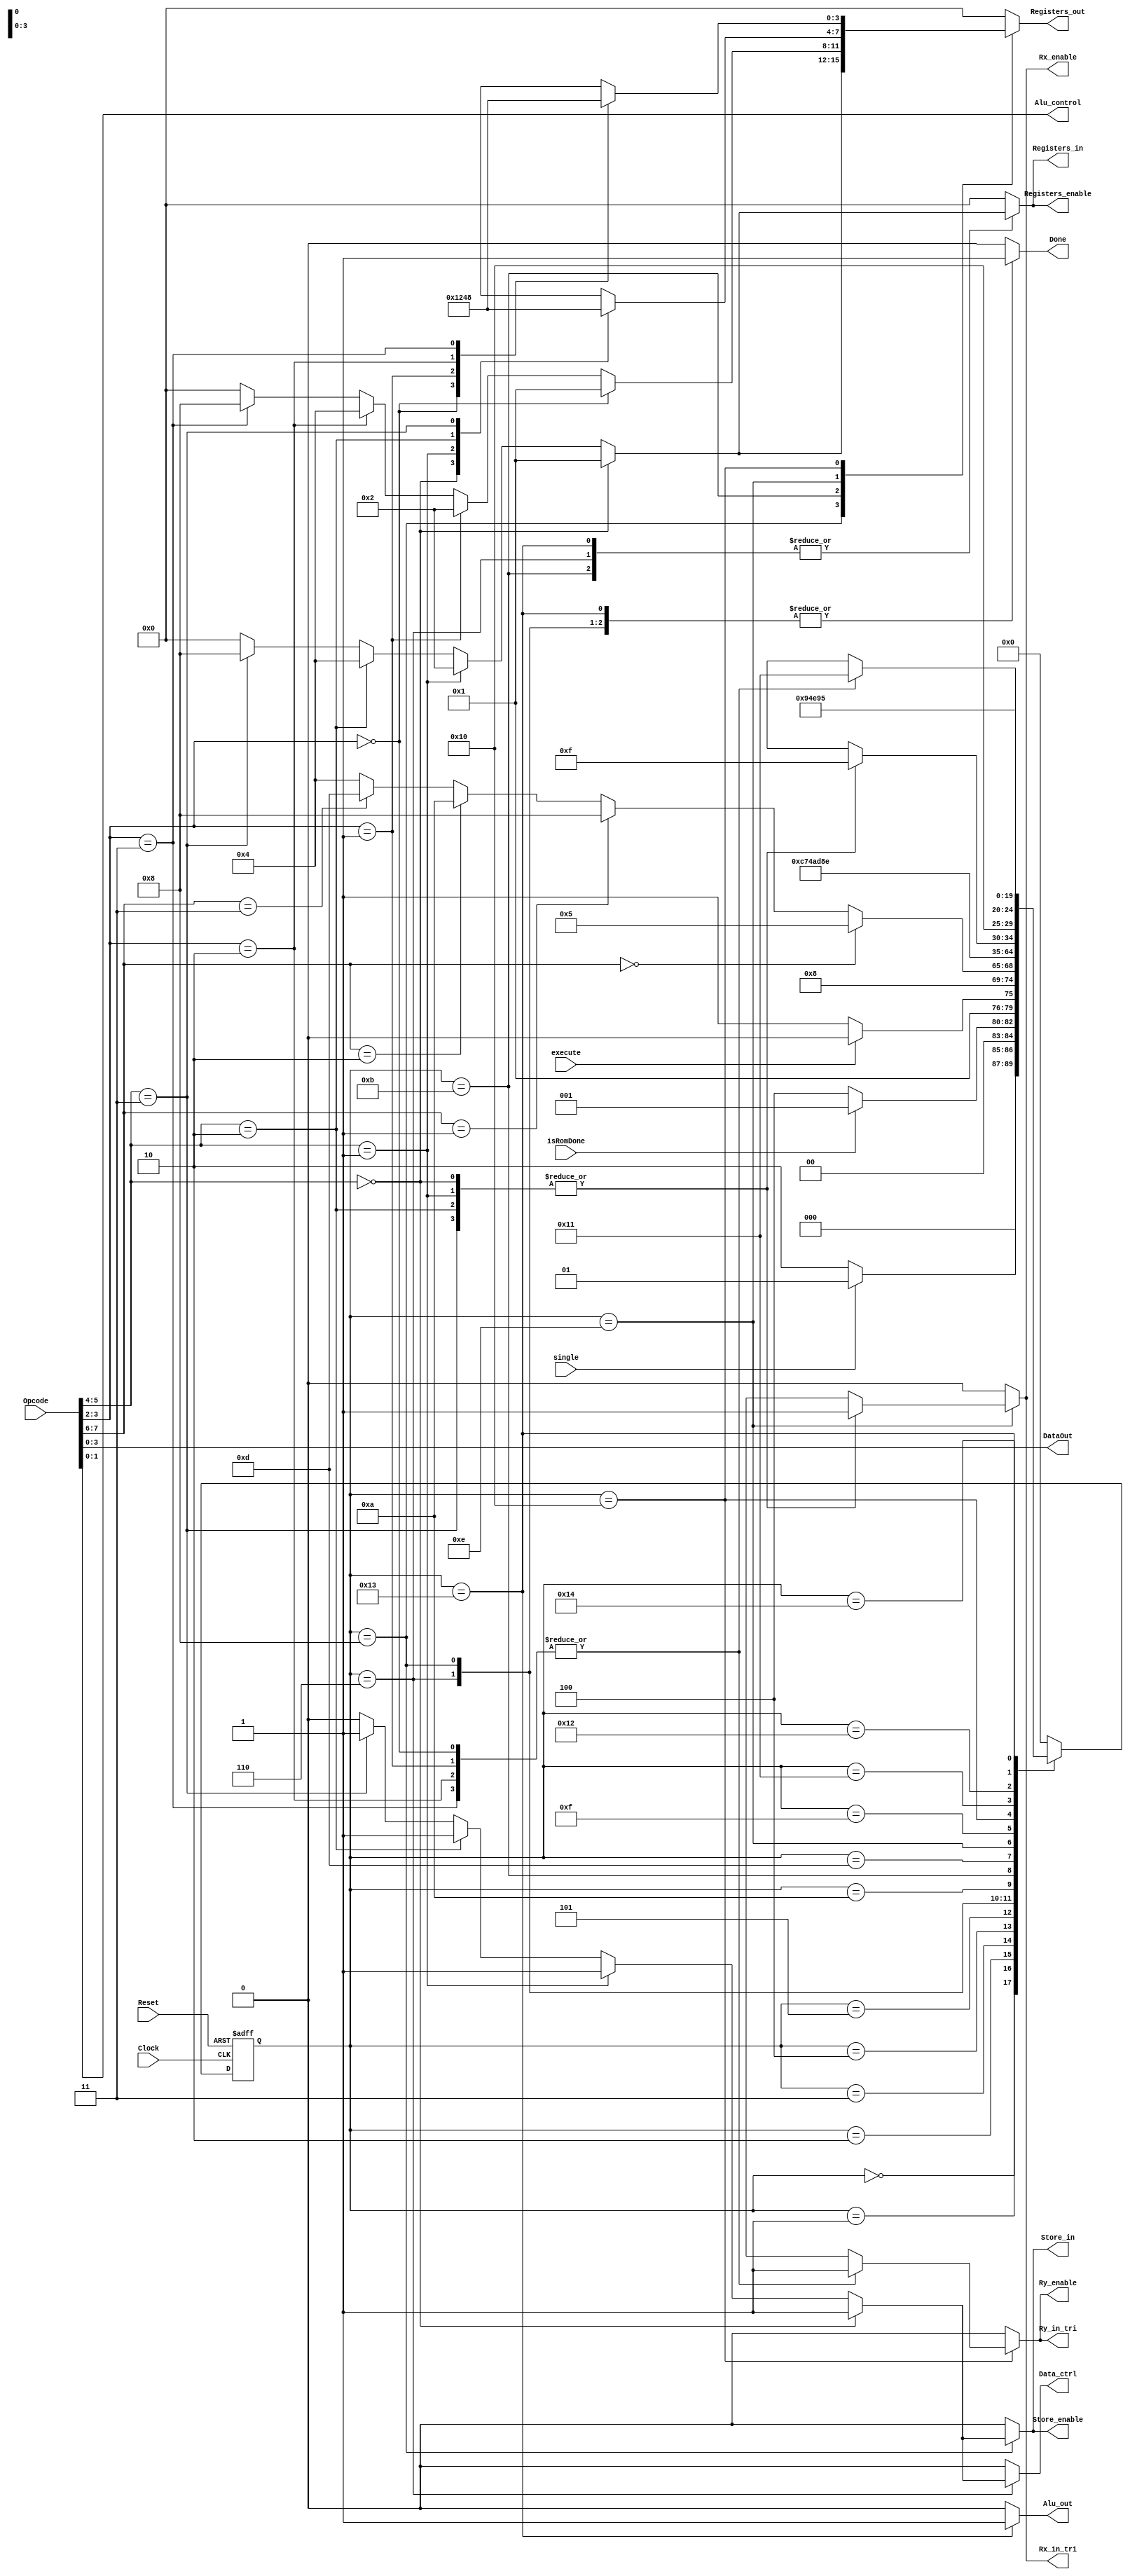
module ControlCircuit(Clock,Reset,isRomDone,execute,single,Opcode,Registers_in,Registers_out,
	Registers_enable,DataOut,Alu_control,Data_ctrl,Done,Rx_in_tri,Ry_in_tri,Rx_enable,Ry_enable,Alu_out,Store_in,Store_enable);

input Clock,Reset,isRomDone,execute,single;
input [7:0] Opcode;
output reg[3:0] Registers_in,Registers_out,Registers_enable,DataOut;
output reg[1:0] Alu_control;
output reg Data_ctrl,Done,Rx_in_tri,Ry_in_tri,Rx_enable,Ry_enable,Alu_out,Store_in,Store_enable;
reg [1:0] Op,Rx,Ry;
reg [4:0]NS,PS;


parameter [4:0] S0= 5'd0, S1 = 5'd1, S2 = 5'd2,S3 =  5'd3, S4 =  5'd4, S5 =  5'd5,  S6 =  5'd6, S7 =  5'd7, S8 =  5'd8, S9 =  5'd9,
	S10= 5'd10, S11 = 5'd11, S12 = 5'd12,S13 =  5'd13, S14 =  5'd14, S15 =  5'd15,  S16 =  5'd16, S17 =  5'd17, S18 =  5'd18, S19 =  5'd19,
	S20= 5'd20,S21 = 5'd21;
	
	
always @(posedge Clock,negedge Reset)begin
		
		if(Reset == 0 )begin
			PS <= S0;
			end
		else begin
			PS <= NS;
		end
end	
		
always@(*)begin	

		Registers_in = 4'b0000;
		Registers_out = 4'b0000;
		Registers_enable = 4'b0000;
		DataOut = Opcode[3:0];
		Alu_control = Opcode[1:0];
		Data_ctrl = 1'b0;
		Done = 1'b0;
		Rx_in_tri = 1'b0;
		Ry_in_tri = 1'b0;
		Rx_enable = 1'b0;
		Ry_enable = 1'b0;
		Alu_out = 1'b0;
		Store_in = 1'b0;
		Store_enable = 1'b0;
		case(PS)
			S0:begin
				if(single == 1'b0 )begin
					NS = S2;
					end
				else begin
					NS = S1;
					end
			end
			
			
			S1:if(!isRomDone)
				NS = S4;
				else NS = S1;
				
			S2: if(!execute)
					NS = S3;
				else NS = S2;
			
			S3:begin
					NS=S4;					
				end
				
			S4:begin
				if(Opcode[7:6] == 2'b00)
					NS = S5;
				else if(Opcode[7:6] == 2'b01)
					NS = S8;
				else if(Opcode[7:6] == 2'b10)
					NS = S10;
				else if(Opcode[7:6] == 2'b11)
					NS = S13;
				else NS = S4;
				end
				
			S5:NS =S6;
			
			S6:begin
				if(Opcode[5:4] == 2'b00)begin
					Registers_in = 4'b0001;
					Registers_enable =4'b0001;
					Data_ctrl =1'b1;
				end
				else if(Opcode[5:4] == 2'b01)begin
					Registers_in = 4'b0010;
					Registers_enable =4'b0010;
					Data_ctrl =1'b1;
				end	
				else if(Opcode[5:4] == 2'b10)begin
					Registers_in = 4'b0100;
					Registers_enable =4'b0100;
					Data_ctrl =1'b1;
				end
				else if(Opcode[5:4] == 2'b11)begin
					Registers_in = 4'b1000;
					Registers_enable =4'b1000;
					Data_ctrl =1'b1;
					
				end
				else NS = S6;
					//DataOut = Opcode[3:0];
					Done = 1'b1;
					NS = S7;
				end
				
			S7:begin
				Registers_in = 4'b0000;
				Registers_enable =4'b0000;
				Data_ctrl =1'b0;
				Done = 1'b0;
				NS = S0;
			end
			
			S8:begin
				if(Opcode[5:4] == 2'b00)begin
					Registers_out = 4'b0001;
					Store_in = 1'b1;
					Store_enable = 1'b1;
				end
				else if(Opcode[5:4] == 2'b01)begin
					Registers_out = 4'b0010;
					Store_in = 1'b1;
					Store_enable = 1'b1;
				end
				else if(Opcode[5:4] == 2'b10)begin
					Registers_out = 4'b0100;
					Store_in = 1'b1;
					Store_enable = 1'b1;
				end
				else if(Opcode[5:4] == 2'b11)begin
					Registers_out = 4'b1000;
					Store_in = 1'b1;
					Store_enable = 1'b1;
				end
				else NS = S8;
				
				Done = 1'b1;
				NS = S9;
			end
			
			S9:begin
				Registers_out = 4'b0000;
				Store_in = 1'b0;
				Store_enable = 1'b0;
				Done = 1'b0;
				NS = S0;
			end
			
			S10: NS = S11;
			
			S11:begin
				if(Opcode[3:2] == 2'b00)begin
					Registers_out = 4'b0001;
				end
				else if(Opcode[3:2] == 2'b01)begin
					Registers_out = 4'b0010;
				end
				else if(Opcode[3:2] == 2'b10)begin
					Registers_out = 4'b0100;
				end
				else if(Opcode[3:2] == 2'b11)begin
					Registers_out = 4'b1000;
				end
				else NS = S11;
				
				if(Opcode[5:4] == 2'b00)begin
					Registers_in = 4'b0001;
					Registers_enable =4'b0001;
				end
				else if(Opcode[5:4] == 2'b01)begin
					Registers_in = 4'b0010;
					Registers_enable =4'b0010;
				end	
				else if(Opcode[5:4] == 2'b10)begin
					Registers_in = 4'b0100;
					Registers_enable =4'b0100;
				end
				else if(Opcode[5:4] == 2'b11)begin
					Registers_in = 4'b1000;
					Registers_enable =4'b1000;
				end
				else NS = S11;
				
				Done = 1'b1;
				NS = S12;
				
			end
			
			S12:begin
				Registers_in = 4'b0000;
				Registers_out = 4'b0000;
				Registers_enable = 4'b0000;
				Done = 1'b0;
				NS = S0;
			end
			
			S13: NS = S14;
			
			S14:begin
					case (Opcode[5:4])
					
					2'b00 : 	begin
								Registers_out = 4'b0001;
								Rx_in_tri = 1'b1;
								Rx_enable = 1'b1;
								NS = S15;
								end
					2'b01 : 	begin
								Registers_out = 4'b0010;
								Rx_in_tri = 1'b1;
								Rx_enable = 1'b1;
								NS = S15;
								end
					2'b10 : 	begin
								Registers_out = 4'b0100;
								Rx_in_tri = 1'b1;
								Rx_enable = 1'b1;
								NS = S15;
								end
					2'b11 : 	begin
								Registers_out = 4'b1000;
								Rx_in_tri = 1'b1;
								Rx_enable = 1'b1;
								NS = S15;
								end
					default : NS = S14;
					endcase
			end
			
			S15:begin
				Rx_in_tri = 1'b0;
				Rx_enable = 1'b0;
				Registers_out = 4'b0000;
				NS = S16;
			end
			
			S16:begin
								case (Opcode[3:2])
					
					2'b00 : 	begin
								Registers_out = 4'b0001;
								Ry_in_tri = 1'b1;
								Ry_enable = 1'b1;
								NS = S17;
								end
					2'b01 : 	begin
								Registers_out = 4'b0010;
								Ry_in_tri = 1'b1;
								Ry_enable = 1'b1;
								NS = S17;
								end
					2'b10 : 	begin
								Registers_out = 4'b0100;
								Ry_in_tri = 1'b1;
								Ry_enable = 1'b1;
								NS = S17;
								end
					2'b11 : 	begin
								Registers_out = 4'b1000;
								Ry_in_tri = 1'b1;
								Ry_enable = 1'b1;
								NS = S17;
								end
					default : NS = S16;
					endcase
				
			end
			
			S17:begin
				Ry_in_tri = 1'b0;
				Ry_enable = 1'b0;
				Registers_out = 4'b0000;
				NS = S18;
			end
			
			S18:begin
				NS = S19;
			end
			
			S19:begin
				Alu_out = 1'b1;
				
				if(Opcode[5:4] == 2'b00)begin
					Registers_in = 4'b0001;
					Registers_enable =4'b0001;
				end
				else if(Opcode[5:4] == 2'b01)begin
					Registers_in = 4'b0010;
					Registers_enable =4'b0010;
				end	
				else if(Opcode[5:4] == 2'b10)begin
					Registers_in = 4'b0100;
					Registers_enable =4'b0100;
				end
				else if(Opcode[5:4] == 2'b11)begin
					Registers_in = 4'b1000;
					Registers_enable =4'b1000;
				end
				else NS = S19;
				
				Done = 1'b1;
				NS = S20;
			end
			
			S20:begin
				NS = S21;
			end
			
			S21:begin
				Alu_out = 1'b0;
				Registers_in = 4'b0000;
				Registers_enable = 4'b0000;
				Done = 1'b0;
				
				NS = S0;
			end
			
			default: NS = S0;
		endcase
		
	
		
end

endmodule